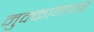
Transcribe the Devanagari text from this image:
मुक्कामावर